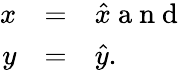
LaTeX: \begin{array}{rcl}{x}&{=}&{\hat{x}\mathrm{~a~n~d~}}\\ {y}&{=}&{\hat{y}.}\end{array}